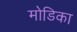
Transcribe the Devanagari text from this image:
मोडिका